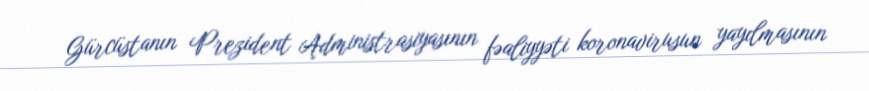
Gürcüstanın Prezident Administrasiyasının fəaliyyəti koronavirusun yayılmasının